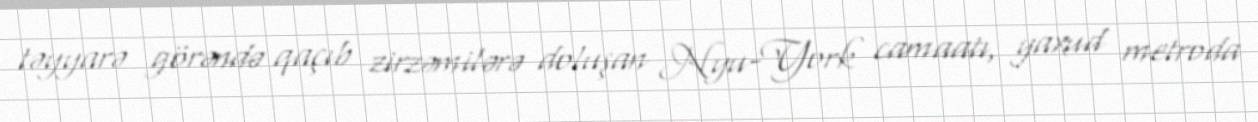
təyyarə görəndə qaçıb zirzəmilərə doluşan Nyu-York camaatı, yaxud metroda